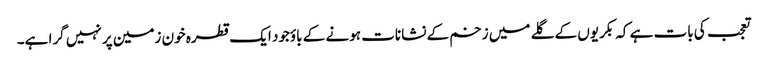
تعجب کی بات ہے کہ بکریوں کے گلے میں زخم کے نشانات ہونے کے باؤجود ایک قطرہ خون زمین پر نہیں گرا ہے۔